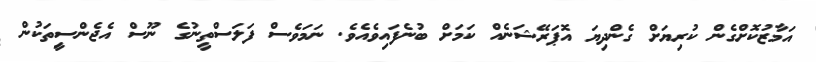
އަމާޒުކޮށްގެން ކުރިޔަށް ގެންދިޔަ އޮޕަރޭޝަނެއް ކަމަށް ބުނެފައިވެއެވެ. ނަމަވެސް ފަލަސްތީނުގެ ނޫސް އެޖެންސިީތަކުން